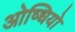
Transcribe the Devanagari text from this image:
ओष्धियो